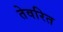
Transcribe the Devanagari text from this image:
तेवरित